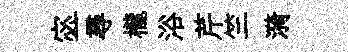
宓一尋櫳浴芹竺漪